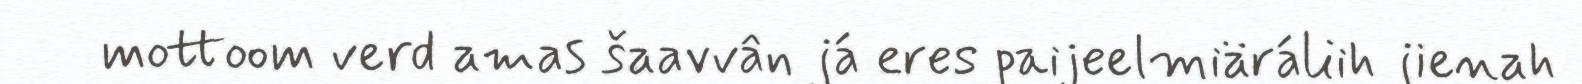
mottoom verd amas šaavvân já eres paijeelmiäráliih jienah